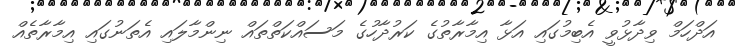
އަދްހަމް ވިދާޅުވީ އެބިމުގައި އަޅާ އިމާރާތުގެ ކަރުދާހުގެ މަސައްކަތްތައް ނިންމާލައި އެތަނުގައި އިމާރާތެއް